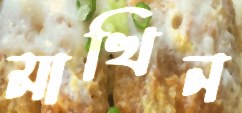
মাখিন